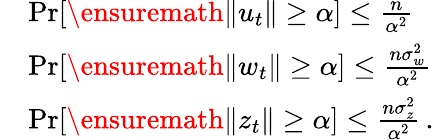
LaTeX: \begin{array}{rl}&{\operatorname*{Pr}[\ensuremath{\lVert u_{t}\rVert}\geq\alpha]\leq\frac{n}{\alpha^{2}}}\\ &{\operatorname*{Pr}[\ensuremath{\lVert w_{t}\rVert}\geq\alpha]\leq\frac{n\sigma_{w}^{2}}{\alpha^{2}}}\\ &{\operatorname*{Pr}[\ensuremath{\lVert z_{t}\rVert}\geq\alpha]\leq\frac{n\sigma_{z}^{2}}{\alpha^{2}}\, .}\end{array}